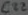
Text: C22